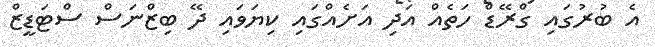
އެ ބުރުގައި ގްރޭޑް ހަތެއް އަދި އަށެއްގައި ކިޔަވައި ދޭ ބިޒްނަސް ސްޓަޑީޒް